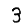
Digit: 3